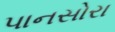
પાનસોરા